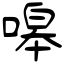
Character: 嗥